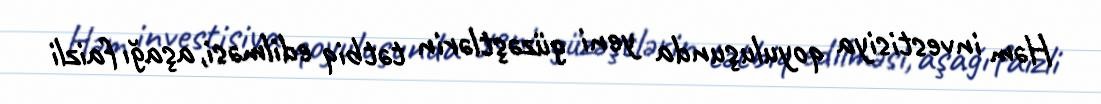
Həm investisiya qoyuluşunda yeni güzəştlərin tətbiq edilməsi, aşağı faizli